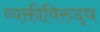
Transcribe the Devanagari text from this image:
व्यक्तीविरुद्ध